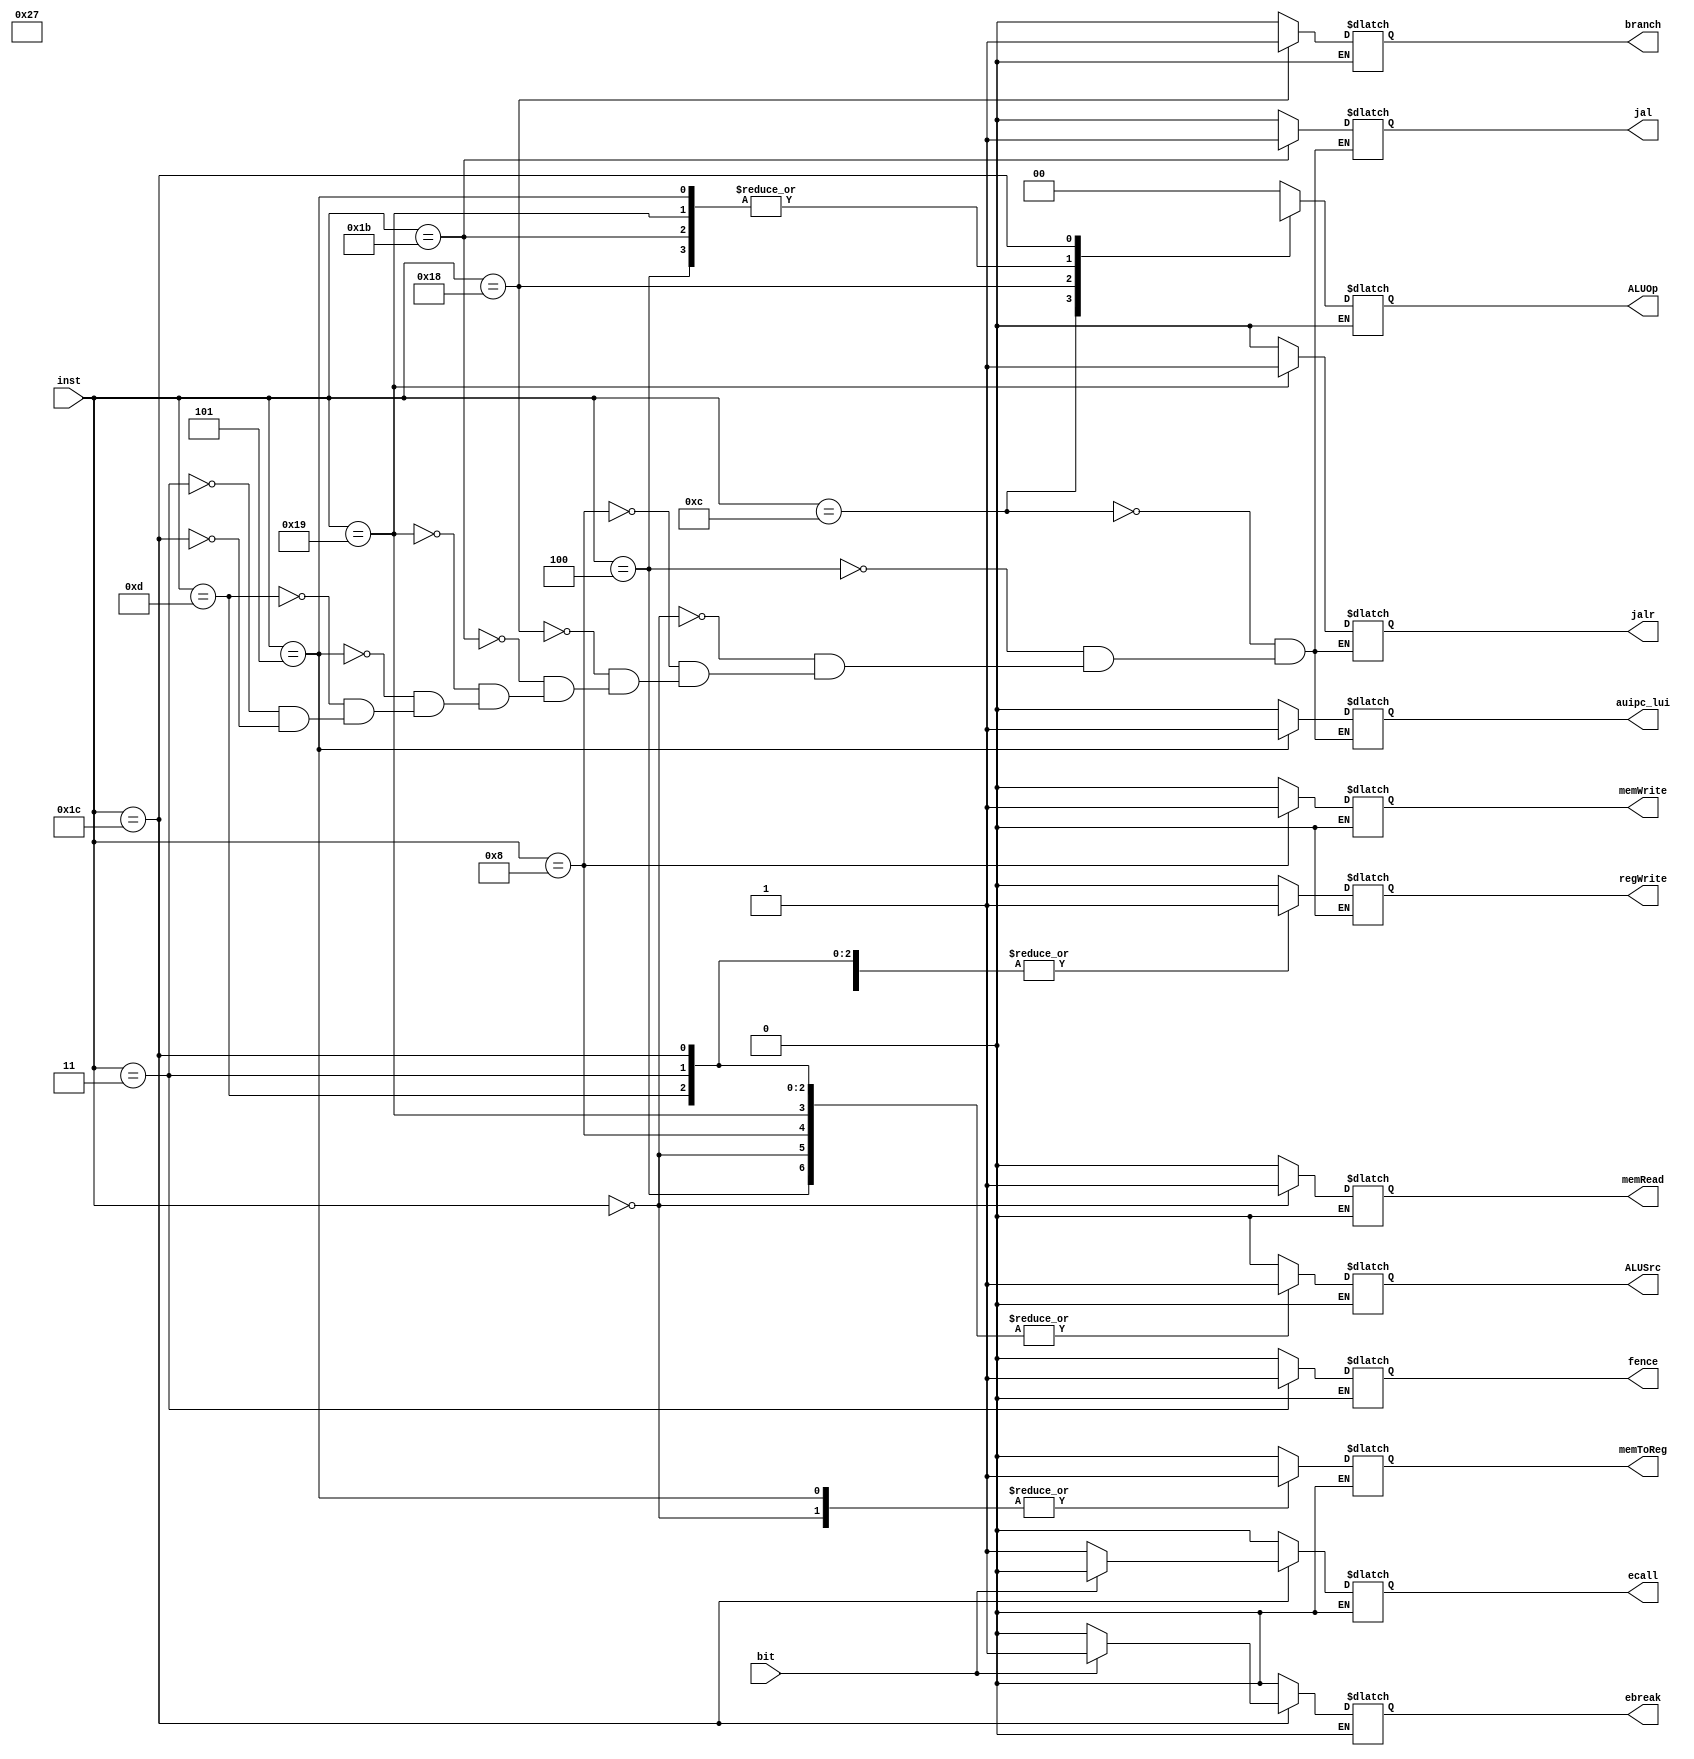
/*  * Module: CU.v  
* Project: milestone 2  
jannah soliman- jannahsoliman9@aucegypt.edu
* Description: control unit
*  
** Change history: 10/4/23 -  
 added support for R-type, I-type
 15/4 added support for branching 
 17/4 added support for auipc, lui
 20/4 added support for jal, jalR
 1/5/23 added support for division and mul 
               
*  **********************************************************************/
module CU(input [4:0]inst, input bit, output reg branch,
output reg memRead , output reg memToReg,
output reg [1:0] ALUOp, output reg memWrite,
output reg ALUSrc, output reg regWrite, output reg jal, output reg jalr, output reg auipc_lui, output reg fence,
output reg ebreak, output reg ecall);
always @(*)
begin
casex(inst)

5'b01100: begin // R-Type
branch = 1'b0;
memRead = 1'b0;
memToReg = 1'b0;
ALUOp = 2'b10;
memWrite = 1'b0;
ALUSrc = 1'b0;
regWrite = 1'b1;
jal= 1'b0;
jalr=1'b0;
auipc_lui =1'b0;
fence=1'b0;
ecall=1'b0;
ebreak=1'b0;
end
5'b00100:begin // I-Format
branch = 1'b0;
memRead = 1'b0;
memToReg = 1'b0;
ALUOp=2'b11;
memWrite = 1'b0;
ALUSrc=1'b1;
regWrite = 1'b1;
jal= 1'b0;
jalr=1'b0;
auipc_lui =1'b0;
fence=1'b0;
ecall=1'b0;
ebreak=1'b0;
end
5'b00000: begin// lw
branch = 1'b0;
memRead = 1'b1;
memToReg = 1'b1;
ALUOp = 2'b00;
memWrite = 1'b0;
ALUSrc = 1'b1;
regWrite = 1'b1;
jal= 1'b0;
jalr=1'b0;
auipc_lui =1'b0;
fence=1'b0;
ecall=1'b0;
ebreak=1'b0;
end
5'b01000: begin// store
branch = 1'b0;
memRead = 1'b0;
memToReg = 1'b0;
ALUOp = 2'b00;
memWrite = 1'b1;
ALUSrc = 1'b1;
regWrite = 1'b0;
jal= 1'b0;
jalr=1'b0;
auipc_lui =1'b0;
fence=1'b0;
ecall=1'b0;
ebreak=1'b0;
end
5'b11000: begin//branch
branch = 1'b1;
memRead = 1'b0;
memToReg =1'b0;
ALUOp = 2'b01;
memWrite = 1'b0;
ALUSrc = 1'b0;
regWrite = 1'b0;
jal= 1'b0;
jalr=1'b0;
auipc_lui =1'b0;
fence=1'b0;
ecall=1'b0;
ebreak=1'b0;
end
5'b11011: begin//jal
branch = 1'b0;
memRead = 1'b0;
memToReg =1'b0;
ALUOp = 2'b11; //add immediate op format
memWrite = 1'b0;
ALUSrc = 1'b0;
regWrite = 1'b1;
jal= 1'b1;
jalr=1'b0;
auipc_lui =1'b0;
fence=1'b0;
ecall=1'b0;
ebreak=1'b0;
end
5'b11001: begin//jalr
branch = 1'b0;
memRead = 1'b0;
memToReg =1'b0;
ALUOp = 2'b11; //add immediate op format
memWrite = 1'b0;
ALUSrc = 1'b1;
regWrite = 1'b1;
jal= 1'b0;
jalr=1'b1;
auipc_lui =1'b0;
fence=1'b0;
ecall=1'b0;
ebreak=1'b0;
end
5'b00101: begin//auipc
branch = 1'b0;
memRead = 1'b0;
memToReg =1'b1;
ALUOp = 2'b11; //add immediate op format
memWrite = 1'b0;
ALUSrc = 1'b0;
regWrite = 1'b1;
jal= 1'b0;
jalr=1'b0;
auipc_lui =1'b1;
fence=1'b0;
ecall=1'b0;
ebreak=1'b0;
end
5'b01101: begin//lui
branch = 1'b0;
memRead = 1'b0;
memToReg =1'b0;
ALUOp = 2'bx; //pass
memWrite = 1'b0;
ALUSrc = 1'b1;
regWrite = 1'b1;
jal= 1'b0;
jalr=1'b0;
auipc_lui =1'b0;
fence=1'b0;
ecall=1'b0;
ebreak=1'b0;
end
5'b00011: begin//fence jal x0,x0
branch = 1'b0;
memRead = 1'b0;
memToReg =1'b0;
ALUOp = 2'bx; //pass
memWrite = 1'b0;
ALUSrc = 1'b1;
regWrite = 1'b1;
jal= 1'b0;
jalr=1'b0;
auipc_lui =1'b0;
fence=1'b1;
ecall=1'b0;
ebreak=1'b0;
end
5'b11100: begin
if(bit==1'b0)// ecall
begin
branch = 1'b0;
memRead = 1'b0;
memToReg =1'b0;
ALUOp = 2'bx; //pass
memWrite = 1'b0;
ALUSrc = 1'b1;
regWrite = 1'b1;
jal= 1'b0;
jalr=1'b0;
auipc_lui =1'b0;
fence=1'b0;
ecall=1'b1;
ebreak=1'b0;
end
else if (bit ==1'b1)//ebreak
begin 
branch = 1'b0;
memRead = 1'b0;
memToReg =1'b0;
ALUOp = 2'bx; //pass
memWrite = 1'b0;
ALUSrc = 1'b1;
regWrite = 1'b1;
jal= 1'b0;
jalr=1'b0;
auipc_lui =1'b0;
fence=1'b0;
ecall=1'b0;
ebreak=1'b1;
end
end
default:
begin
branch = 1'b0;
memRead = 1'b0;
memToReg = 1'b0;
ALUOp = 2'b00;
memWrite = 1'b0;
ALUSrc = 1'b0;
regWrite = 1'b0;
fence=1'b0;
ecall=1'b0;
ebreak=1'b0;
end
endcase
end
endmodule